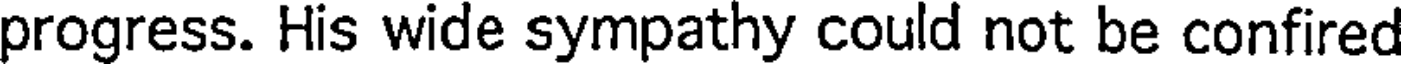
progress. His wide sympathy could not be confired